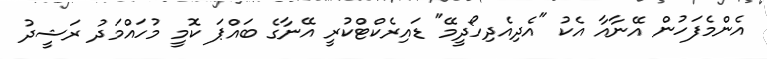
އެންމެފަހުން އޭނާއާ އެކު "އެދިއެދިހޯދީމޭ" ޑައިރެކްޓްކުރީ އޭނާގެ ބައްޕަ ކޮމީ މުހައްމަދު ރަޝީދު